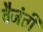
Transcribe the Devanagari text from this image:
वैजंती